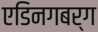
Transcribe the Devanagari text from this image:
एडिनगबर्ग